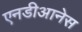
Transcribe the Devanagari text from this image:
एनडीआनेस